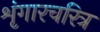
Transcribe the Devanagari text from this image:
शृंगारचरित्र